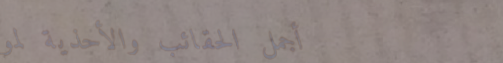
أجمل الحقائب والأحذية لمو